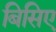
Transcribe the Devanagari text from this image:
बिसिए